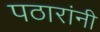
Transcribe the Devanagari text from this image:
पठारांनी